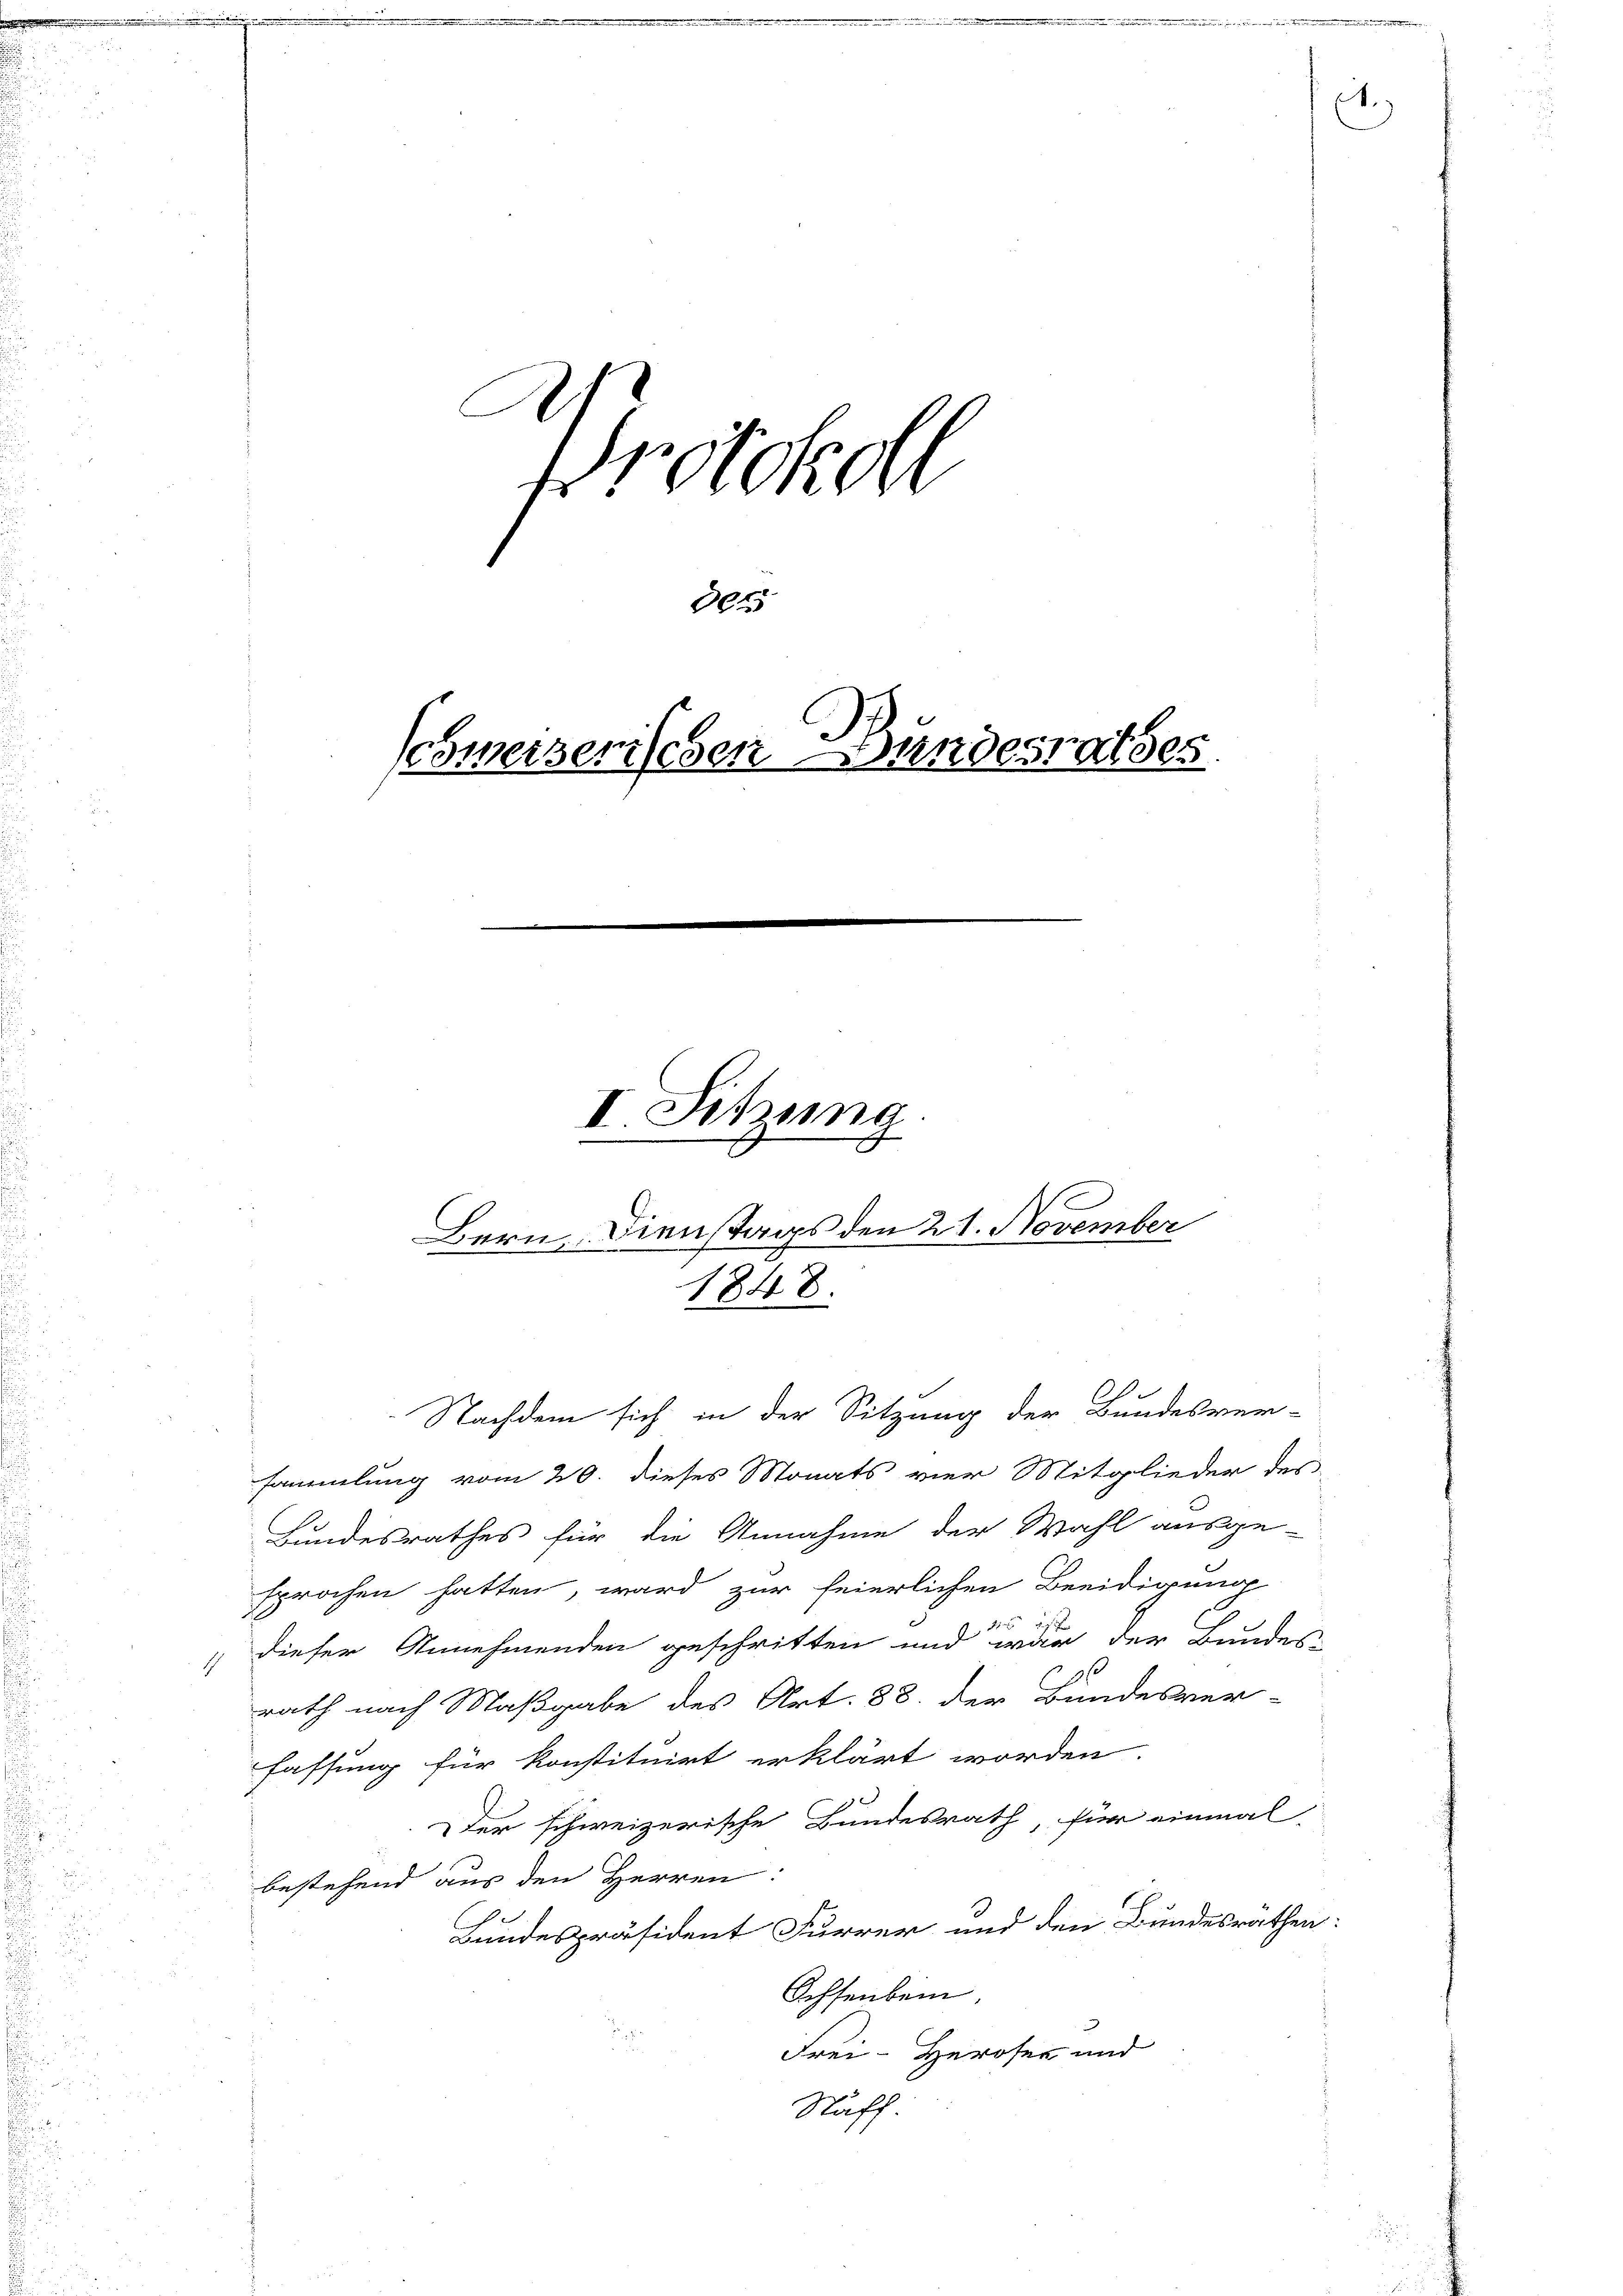
Protokoll
des
Schweizerischen Bundesrathes

Dienstags den 21. November
Bern.
1848.
Nachdem sich in der Sitzung der Bundesver-

I Sitzung
5
d

sammlung vom 20. dieses Monats vier Mitglieder des
Bundesrathes für die Annahme der Wahl ausge-
sprochen hatten, ward zur feierlichen Beeidigung
dieser Annehmenden geschritten und war der Bundes-
21
rath nach Maßgabe des Art. 38. der Bundesver-
fassung für konstituirt erklärt worden.
der schweizerische Bundesrath, für einmal
bestehend aus den Herren:
Bundespräsident Furrer und den Bundesrathen:
Schsenbei
Frei-Herosen und
Näff

1.